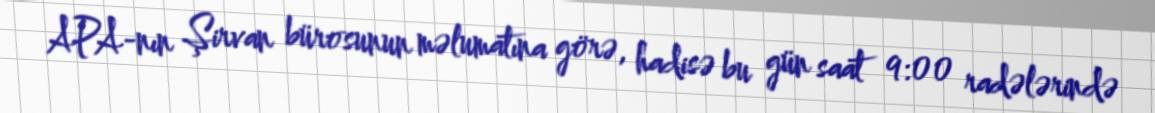
APA-nın Şirvan bürosunun məlumatına görə, hadisə bu gün saat 9:00 radələrində